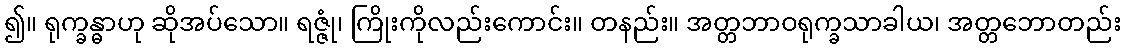
၍။ ရုက္ခန္ဓာဟု ဆိုအပ်သော။ ရဇ္ဇုံ၊ ကြိုးကိုလည်းကောင်း။ တနည်း။ အတ္တဘာဝရုက္ခသာခါယ၊ အတ္တဘောတည်း